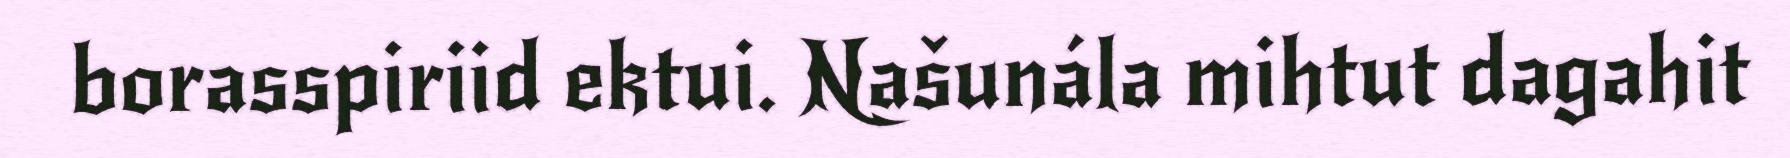
borasspiriid ektui. Našunála mihtut dagahit